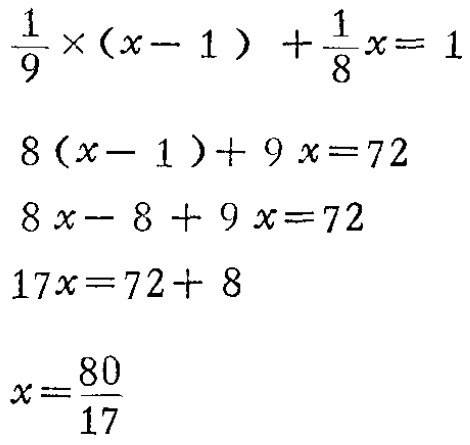
\[\begin{align*}

\frac{1}{9}\times(x - 1)+\frac{1}{8}x&=1\\

8(x - 1)+9x&=72\\

8x-8 + 9x&=72\\

17x&=72 + 8\\

x&=\frac{80}{17}

\end{align*}\]